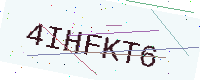
Text: 4IHFKT6